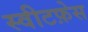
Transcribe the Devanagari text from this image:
स्वीटफ़ेस